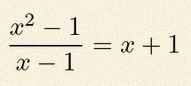
\frac{x^2-1}{x-1}=x+1